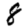
Digit: 8